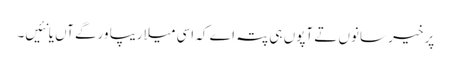
پر خیر سانوں تے آپوں ہی پتہ اے کہ اسی میلاریپا ورگے آں یا نئیں۔